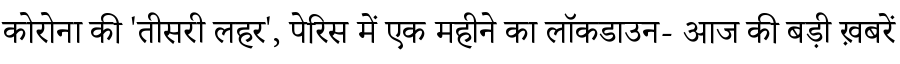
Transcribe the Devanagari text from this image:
कोरोना की 'तीसरी लहर', पेरिस में एक महीने का लॉकडाउन- आज की बड़ी ख़बरें